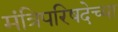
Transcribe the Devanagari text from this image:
मंत्रिपरिषदेच्या